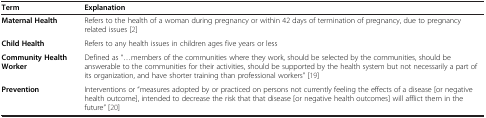
<table><thead><tr><td><b>Term</b></td><td><b>Explanation</b></td></tr></thead><tbody><tr><td><b>Maternal Health</b></td><td>Refers to the health of a woman during pregnancy or within 42 days of termination of pregnancy, due to pregnancy related issues [2]</td></tr><tr><td><b>Child Health</b></td><td>Refers to any health issues in children ages five years or less</td></tr><tr><td><b>Community Health Worker</b></td><td>Defined as “...members of the communities where they work, should be selected by the communities, should be answerable to the communities for their activities, should be supported by the health system but not necessarily a part of its organization, and have shorter training than professional workers” [19]</td></tr><tr><td><b>Prevention</b></td><td>Interventions or “measures adopted by or practiced on persons not currently feeling the effects of a disease [or negative health outcome], intended to decrease the risk that that disease [or negative health outcomes] will afflict them in the future” [20]</td></tr></tbody></table>